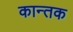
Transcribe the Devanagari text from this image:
कान्तक